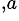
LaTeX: ^{,a}